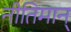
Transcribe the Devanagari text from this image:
नीतिमान्